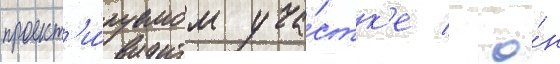
проект'и́руемом уча́стк'е / о́н